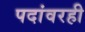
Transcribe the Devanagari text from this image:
पदांवरही